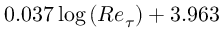
0 . 0 3 7 \log { \left( R e _ { \tau } \right) } + 3 . 9 6 3